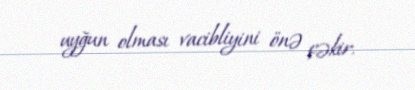
uyğun olması vacibliyini önə çəkir.